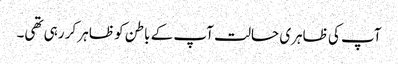
آپ کی ظاہری حالت آپ کے باطن کو ظاہر کر رہی تھی۔